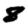
Digit: 8